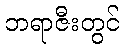
ဘရာဇီးတွင်